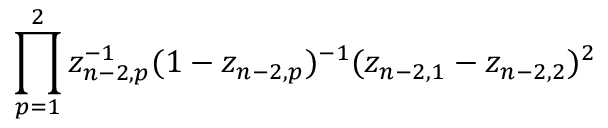
\prod _ { p = 1 } ^ { 2 } z _ { n - 2 , p } ^ { - 1 } ( 1 - z _ { n - 2 , p } ) ^ { - 1 } ( z _ { n - 2 , 1 } - z _ { n - 2 , 2 } ) ^ { 2 }